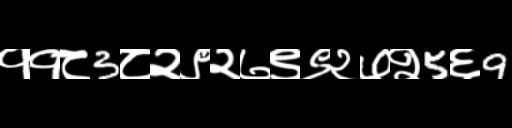
Text: ११८3८२९२७९९२७२5६9